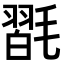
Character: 𣯮